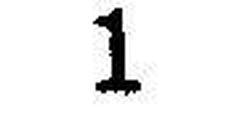
1